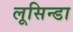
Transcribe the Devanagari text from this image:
लूसिन्डा